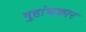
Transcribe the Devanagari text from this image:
गुहांधकार